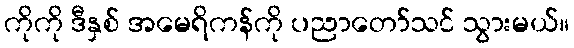
ကိုကို ဒီနှစ် အမေရိကန်ကို ပညာတော်သင် သွားမယ်။